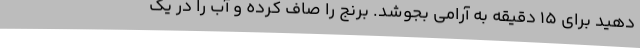
دهید برای 15 دقیقه به آرامی بجوشد. برنج را صاف کرده و آب را در یک